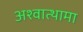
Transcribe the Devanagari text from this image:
अश्वात्थामा